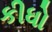
કીધો